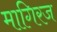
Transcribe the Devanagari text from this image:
मागिरज